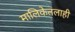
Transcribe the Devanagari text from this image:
मालिकेतलाही